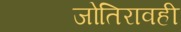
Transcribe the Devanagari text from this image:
जोतिरावही